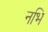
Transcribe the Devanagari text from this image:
नभि